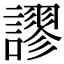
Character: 𧬶